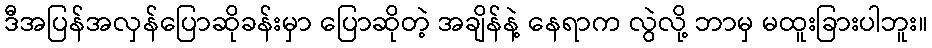
ဒီအပြန်အလှန်ပြောဆိုခန်းမှာ ပြောဆိုတဲ့ အချိန်နဲ့ နေရာက လွဲလို့ ဘာမှ မထူးခြားပါဘူး။